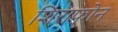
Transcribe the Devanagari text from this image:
शिराफोन